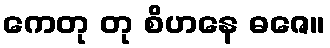
ကေတု တု စိဟနေ ဓဇေ။